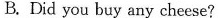
B. Did you buy any cheese?